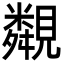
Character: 䚏